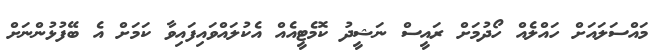
މައްސަލައަށް ހައްލެއް ހޯދުމަށް ރައީސް ނަޝީދު ކޮމެޓީއެއް އެކުލައްވައިފައިވާ ކަމަށް އެ ބޭފުޅުންނަށް